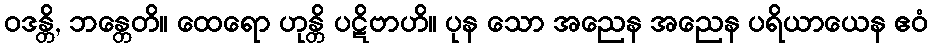
ဝဒန္တိ, ဘန္တေတိ။ ထေရော ဟုန္တိ ပဋိဗာဟိ။ ပုန သော အညေန အညေန ပရိယာယေန ဧဝံ